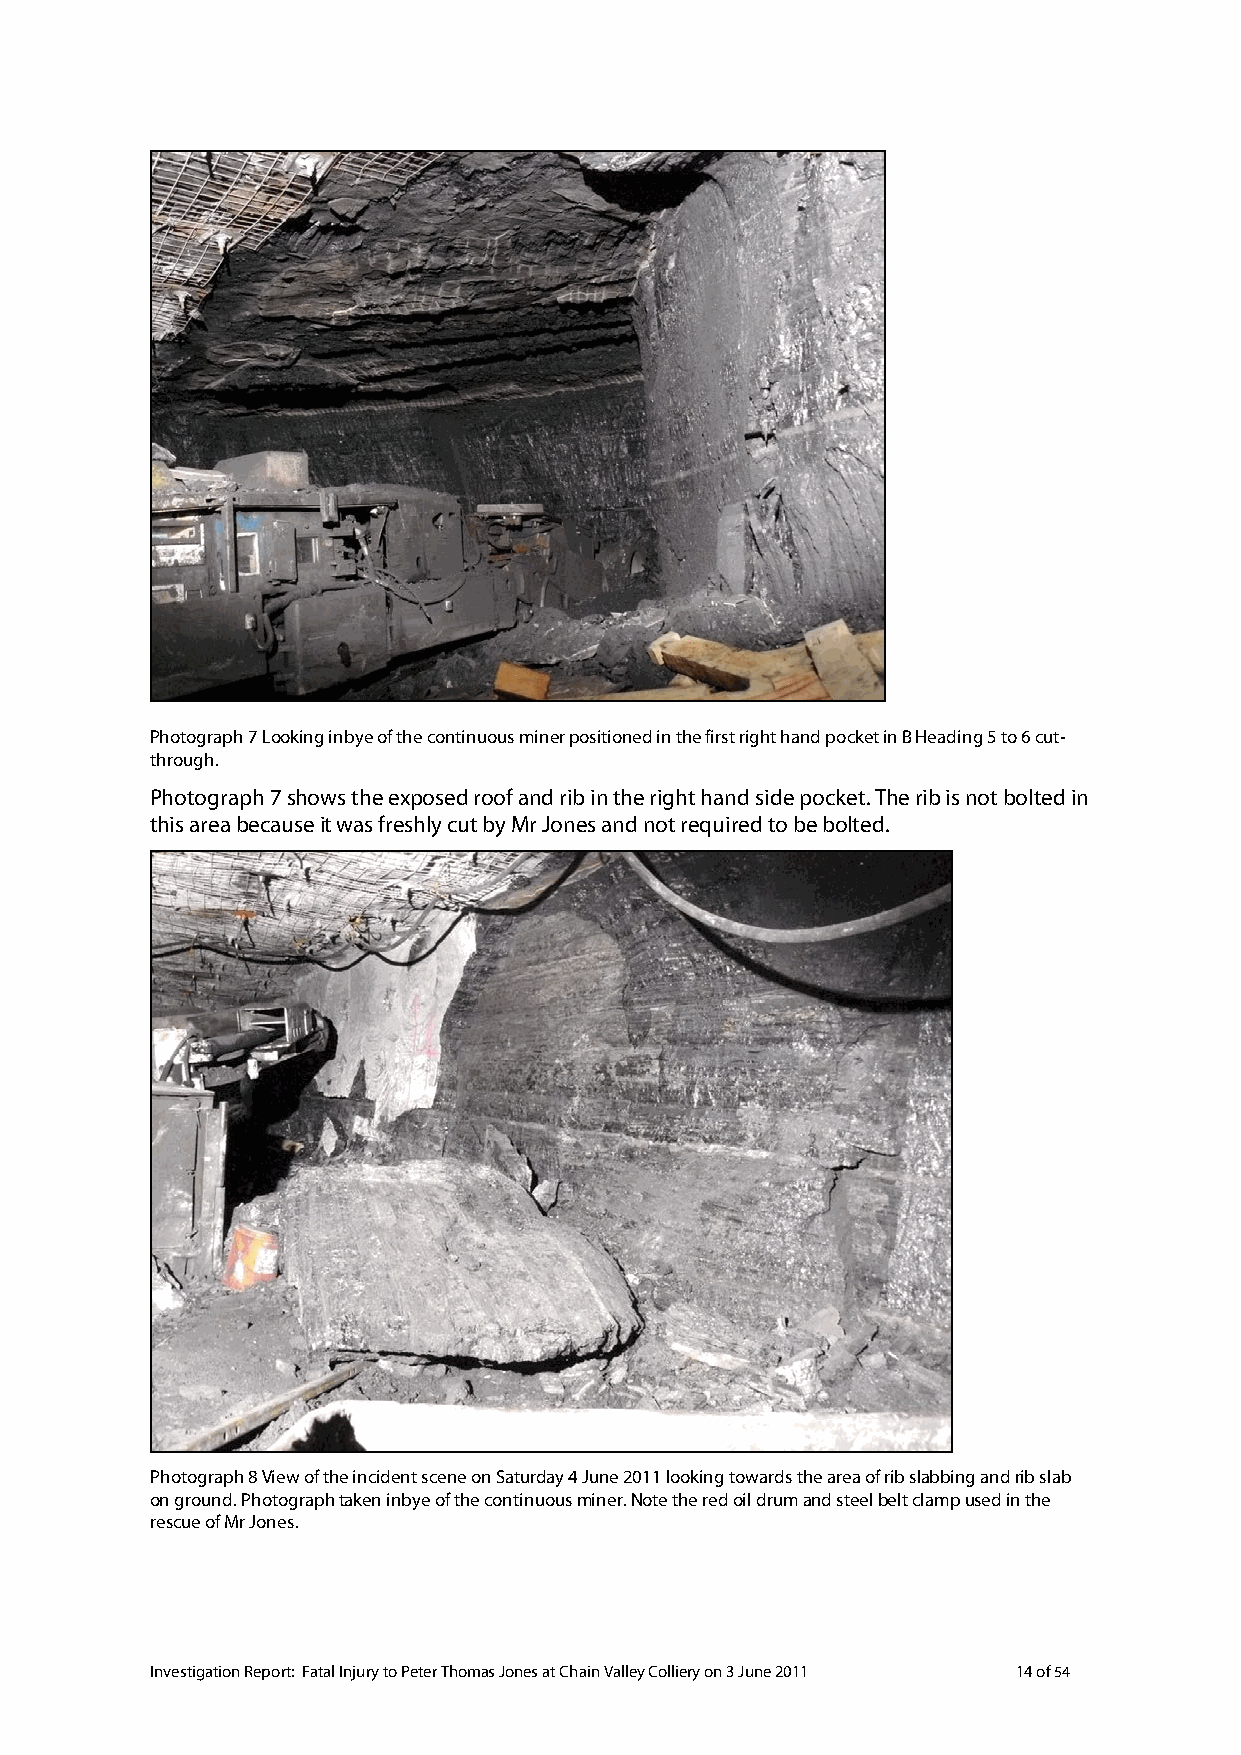
Photograph 7 Looking inbye of the continuous miner positioned in the first right hand pocket in B Heading 5 to 6 cut-
 through.
 Photograph 7 shows the exposed roof and rib in the right hand side pocket. The rib is not bolted in
 this area because it was freshly cut by Mr Jones and not required to be bolted.
 Photograph 8 View of the incident scene on Saturday 4 June 2011 looking towards the area of rib slabbing and rib slab
 on ground. Photograph taken inbye of the continuous miner. Note the red oil drum and steel belt clamp used in the
 rescue of Mr Jones.
 Investigation Report: Fatal Injury to Peter Thomas Jones at Chain Valley Colliery on 3 June 2011 14 of 54